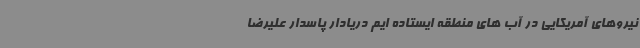
نیروهای آمریکایی در آب های منطقه ایستاده ایم دریادار پاسدار علیرضا